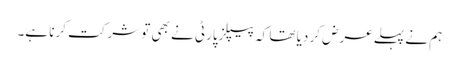
ہم نے پہلے عرض کر دیا تھا کہ پیپلزپارٹی نے بھی تو شرکت کرنا ہے۔